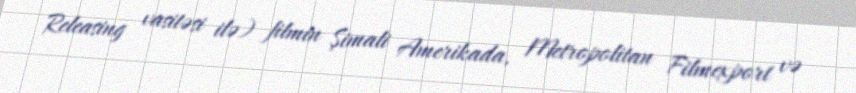
Releasing vasitəsi ilə) filmin Şimali Amerikada, Metropolitan Filmexport və